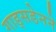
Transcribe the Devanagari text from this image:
गाड्सडेनने